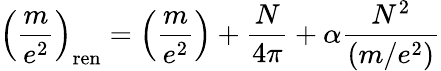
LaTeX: \left(\frac{m}{e^{2}}\right)_{\mathrm{ren}}=\left(\frac{m}{e^{2}}\right)+\frac{N}{4\pi}+\alpha{\frac{N^{2}}{(m/e^{2})}}